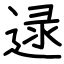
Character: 逯